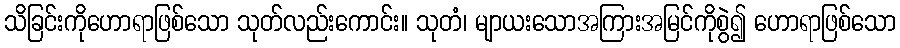
သိခြင်းကိုဟောရာဖြစ်သော သုတ်လည်းကောင်း။ သုတံ၊ မျာယးသောအကြားအမြင်ကိုစွဲ၍ ဟောရာဖြစ်သော